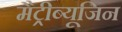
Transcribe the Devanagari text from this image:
मैट्रीब्यूजिन